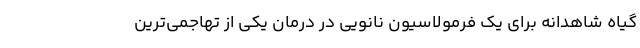
گیاه شاهدانه برای یک فرمولاسیون نانویی در درمان یکی از تهاجمی‌ترین